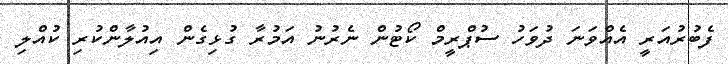
ފެބުރުއަރީ އެއްވަނަ ދުވަހު ސުޕްރީމް ކޯޓުން ނެރުނު އަމުރާ ގުޅިގެން އިއުލާންކުރި ކުއްލި